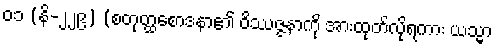
၀၁ (နိ-၂၂၉) (စတုတ္ထစောဒနာ၏ ဝိဿဇ္ဇနာကို အားထုတ်လိုရကား ယသ္မာ